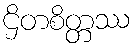
ဌိတစိတ္တဿ